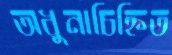
অধুনাচিহ্নিত